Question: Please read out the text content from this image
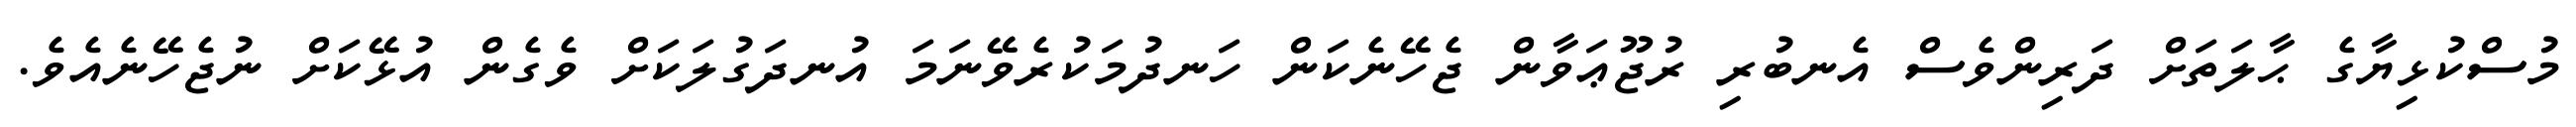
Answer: މުސްކުޅިޔާގެ ޙާލަތަށް ދަރިންވެސް އެނބުރި ރުޖޫޢަވާން ޖެހޭނެކަން ހަނދުމަކުރެވޭނަމަ އުނދަގުލަކަށް ވެގެން އުޅޭކަށް ނުޖެހޭނެއެވެ.